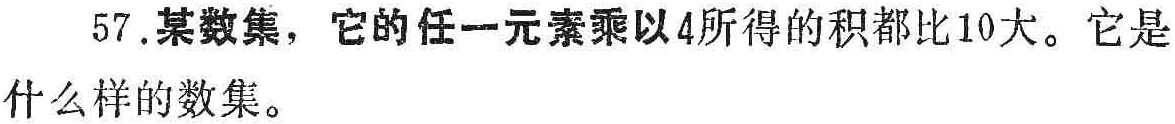
57.某数集，它的任一元素乘以4所得的积都比10大。它是什么样的数集。